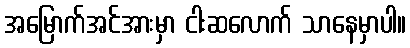
အမြောက်အင်အားမှာ ငါးဆလောက် သာနေမှာပါ။